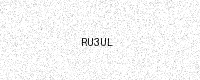
Text: RU3UL